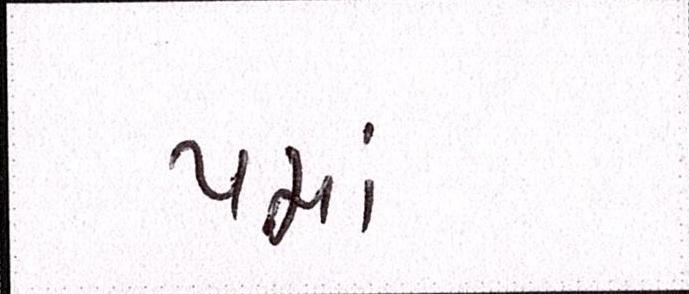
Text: પમાં